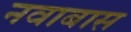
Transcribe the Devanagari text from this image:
नवाबास